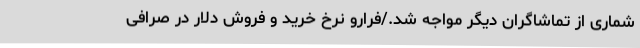
شماری از تماشاگران دیگر مواجه شد./فرارو نرخ خرید و فروش دلار در صرافی